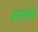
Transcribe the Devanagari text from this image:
सरवत